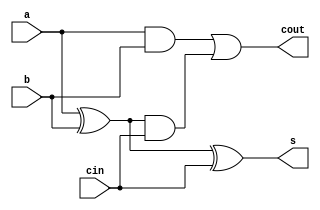
module FA_1bit (input a,b,cin, output s,cout);
xor(o1,a,b);
xor(s,o1,cin);
and(o2,a,b);
and(o3,o1,cin);
or(cout,o2,o3);
endmodule
///////////////////////
module EN_not(input [31:0]a, input en, output [31:0]c);
  xor(c[0],a[0],en);
  xor(c[1],a[1],en);
  xor(c[2],a[2],en);
  xor(c[3],a[3],en);
  xor(c[4],a[4],en);
  xor(c[5],a[5],en);
  xor(c[6],a[6],en);
  xor(c[7],a[7],en);
  xor(c[8],a[8],en);
  xor(c[9],a[9],en);
  xor(c[10],a[10],en);
  xor(c[11],a[11],en);
  xor(c[12],a[12],en);
  xor(c[13],a[13],en);
  xor(c[14],a[14],en);
  xor(c[15],a[15],en);
  xor(c[16],a[16],en);
  xor(c[17],a[17],en);
  xor(c[18],a[18],en);
  xor(c[19],a[19],en);
  xor(c[20],a[20],en);
  xor(c[21],a[21],en);
  xor(c[22],a[22],en);
  xor(c[23],a[23],en);
  xor(c[24],a[24],en);
  xor(c[25],a[25],en);
  xor(c[26],a[26],en);
  xor(c[27],a[27],en);
  xor(c[28],a[28],en);
  xor(c[29],a[29],en);
  xor(c[30],a[30],en);
  xor(c[31],a[31],en);
endmodule
///////////////////////
module RCA_4bit (input [3:0]a,b, input cin, output [3:0]s, output cout);
  FA_1bit f1 (a[0],b[0],cin,s[0],c0),
          f2 (a[1],b[1],c0,s[1],c1),
          f3 (a[2],b[2],c1,s[2],c2),
          f4 (a[3],b[3],c2,s[3],cout);
endmodule
///////////////////////
module RCA_16bit (input [15:0]a,b, input cin, output [15:0]s, output cout);
  RCA_4bit f1 (a[3:0],b[3:0],cin,s[3:0],c0),
           f2 (a[7:4],b[7:4],c0,s[7:4],c1),
           f3 (a[11:8],b[11:8],c1,s[11:8],c2),
           f4 (a[15:12],b[15:12],c2,s[15:12],cout);
endmodule
///////////////////////
module RCA_32bit (input [31:0]a,b, input en, output [31:0]s, output cout,ovfl);
  wire [31:0]c;
  EN_not en1 (b[31:0],en,c[31:0]);
  RCA_16bit f1 (a[15:0],c[15:0],en,s[15:0],c0),
            f2 (a[31:16],c[31:16],c0,s[31:16],cout);
  wire q,x0,x1,z;
  xor(q,a[31],b[31]);
  xor(x0,q,en);
  not(x1,x0);
  xor(z,a[31],s[31]);
  and(ovfl,x1,z);
endmodule
///////////////////////
module mux (input a,b,s, output r);
  and(o1,a,~s);
  and(o2,b,s);
  or(r,o1,o2);
endmodule
///////////////////////
module CSA_2bit (input [1:0]a,b, input cin, output [1:0]s, output cout);
  FA_1bit f1 (a[0],b[0],cin,s[0],c0),
          f2 (a[1],b[1],1'b0,o1,c1),
          f3 (a[1],b[1],1'b1,o2,c2);
  mux m1 (o1,o2,c0,s[1]),
      m2 (c1,c2,c0,cout);
endmodule
///////////////////////
module CSA_4bit (input [3:0]a,b, input cin, output [3:0]s, output cout);
  wire [1:0]o1,o2;
  CSA_2bit f1 (a[1:0],b[1:0],cin,s[1:0],c0),
           f2 (a[3:2],b[3:2],1'b0,o1[1:0],c1),
           f3 (a[3:2],b[3:2],1'b1,o2[1:0],c2);
  mux m1 (o1[0],o2[0],c0,s[2]),
      m2 (o1[1],o2[1],c0,s[3]),
      m3 (c1,c2,c0,cout);
endmodule
//////////////////////
module CSA_8bit (input [7:0]a,b, input cin, output [7:0]s, output cout);
  wire [3:0]o1,o2;
  CSA_4bit f1 (a[3:0],b[3:0],cin,s[3:0],c0),
           f2 (a[7:4],b[7:4],1'b0,o1[3:0],c1),
           f3 (a[7:4],b[7:4],1'b1,o2[3:0],c2);
  mux m1 (o1[0],o2[0],c0,s[4]),
      m2 (o1[1],o2[1],c0,s[5]),
      m3 (o1[2],o2[2],c0,s[6]),
      m4 (o1[3],o2[3],c0,s[7]),
      m5 (c1,c2,c0,cout);
endmodule
//////////////////////
module CSA_16bit (input [15:0]a,b, input cin, output [15:0]s, output cout);
  wire [7:0]o1,o2;
  CSA_8bit f1 (a[7:0],b[7:0],cin,s[7:0],c0),
           f2 (a[15:8],b[15:8],1'b0,o1[7:0],c1),
           f3 (a[15:8],b[15:8],1'b1,o2[7:0],c2);
  mux m1 (o1[0],o2[0],c0,s[8]),
      m2 (o1[1],o2[1],c0,s[9]),
      m3 (o1[2],o2[2],c0,s[10]),
      m4 (o1[3],o2[3],c0,s[11]),
      m5 (o1[4],o2[4],c0,s[12]),
      m6 (o1[5],o2[5],c0,s[13]),
      m7 (o1[6],o2[6],c0,s[14]),
      m8 (o1[7],o2[7],c0,s[15]),
      m9 (c1,c2,c0,cout);
endmodule
//////////////////////
module CSA_32bit (input [31:0]a,b, input en, output [31:0]s, output cout,ovfl);
  wire [15:0]o1,o2;
  wire [31:0]c;
  EN_not en1 (b[31:0],en,c[31:0]);
  CSA_16bit f1 (a[15:0],c[15:0],en,s[15:0],c0),
           f2 (a[31:16],c[31:16],1'b0,o1[15:0],c1),
           f3 (a[31:16],c[31:16],1'b1,o2[15:0],c2);
  mux m1 (o1[0],o2[0],c0,s[16]),
      m2 (o1[1],o2[1],c0,s[17]),
      m3 (o1[2],o2[2],c0,s[18]),
      m4 (o1[3],o2[3],c0,s[19]),
      m5 (o1[4],o2[4],c0,s[20]),
      m6 (o1[5],o2[5],c0,s[21]),
      m7 (o1[6],o2[6],c0,s[22]),
      m8 (o1[7],o2[7],c0,s[23]),
      m9 (o1[8],o2[8],c0,s[24]),
      m10 (o1[9],o2[9],c0,s[25]),
      m11 (o1[10],o2[10],c0,s[26]),
      m12 (o1[11],o2[11],c0,s[27]),
      m13 (o1[12],o2[12],c0,s[28]),
      m14 (o1[13],o2[13],c0,s[29]),
      m15 (o1[14],o2[14],c0,s[30]),
      m16 (o1[15],o2[15],c0,s[31]),
      m17 (c1,c2,c0,cout);
  wire q,x0,x1,z;
  xor(q,a[31],b[31]);
  xor(x0,q,en);
  not(x1,x0);
  xor(z,a[31],s[31]);
  and(ovfl,x1,z);
endmodule
/////////////////////
module PG_FA (input a,b,cin, output s,p,g);
xor(p,a,b);
xor(s,p,cin);
and(g,a,b);
endmodule
/////////////////////
module CLA_4bit (input [3:0]a,b, input cin, output[3:0]s, output cout,pg,gg);
  wire [3:0]p,g;
  assign c1=g[0]+(p[0]&cin);
  assign c2=g[1]+(g[0]&p[1])+(cin&p[0]&p[1]);
  assign c3=g[2]+(g[1]&p[2])+(g[0]&p[1]&p[2])+(cin&p[0]&p[1]&p[2]);
  assign cout=g[3]+(g[2]&p[3])+(g[1]&p[2]&p[3])+(g[0]&p[1]&p[2]&p[3])+(cin&p[0]&p[1]&p[2]&p[3]);
  assign pg=p[3]&p[2]&p[1]&p[0];
  assign gg=g[3]+(p[3]&g[2])+(p[3]&p[2]&g[1])+(p[3]&p[2]&p[1]&g[0]);
  PG_FA f1 (a[0],b[0],cin,s[0],p[0],g[0]),
        f2 (a[1],b[1],c1,s[1],p[1],g[1]),
        f3 (a[2],b[2],c2,s[2],p[2],g[2]),
        f4 (a[3],b[3],c3,s[3],p[3],g[3]);
endmodule
////////////////////
module CLA_16bit (input [15:0]a,b, input cin, output[15:0]s, output cout,pg,gg);
  wire [3:0]p,g;
  assign c1=g[0]+(p[0]&cin);
  assign c2=g[1]+(g[0]&p[1])+(cin&p[0]&p[1]);
  assign c3=g[2]+(g[1]&p[2])+(g[0]&p[1]&p[2])+(cin&p[0]&p[1]&p[2]);
  assign cout=g[3]+(g[2]&p[3])+(g[1]&p[2]&p[3])+(g[0]&p[1]&p[2]&p[3])+(cin&p[0]&p[1]&p[2]&p[3]);
  assign pg=p[3]&p[2]&p[1]&p[0];
  assign gg=g[3]+(p[3]&g[2])+(p[3]&p[2]&g[1])+(p[3]&p[2]&p[1]&g[0]);
  CLA_4bit f1 (a[3:0],b[3:0],cin,s[3:0],co0,p[0],g[0]),
           f2 (a[7:4],b[7:4],c1,s[7:4],co1,p[1],g[1]),
           f3 (a[11:8],b[11:8],c2,s[11:8],co2,p[2],g[2]),
           f4 (a[15:12],b[15:12],c3,s[15:12],co3,p[3],g[3]);
endmodule
/////////////////////
module CLA_32bit (input [31:0]a,b, input en, output[31:0]s, output cout,ovfl);
  wire [1:0]p,g;
  wire [31:0]c;
  EN_not en1 (b[31:0],en,c[31:0]);
  assign c1=g[0]+(p[0]&en);
  assign cout=g[1]+(g[0]&p[1])+(en&p[0]&p[1]);
  CLA_16bit f1 (a[15:0],c[15:0],en,s[15:0],co0,p[0],g[0]),
            f2 (a[31:16],c[31:16],c1,s[31:16],co1,p[1],g[1]);
  wire q,x0,x1,z;
  xor(q,a[31],b[31]);
  xor(x0,q,en);
  not(x1,x0);
  xor(z,a[31],s[31]);
  and(ovfl,x1,z);
endmodule
/////////////////////
module ShiftRLogical1 (input [31:0]a, output [31:0]s, output cout,ovfl);
assign s[31]=1'b0;
assign s[30:0]=a[31:1];
assign cout=1'b0;
assign ovfl=1'b0;
endmodule
////////////////////
module ShiftRLogical2 (input [31:0]a, output [31:0]s, output cout,ovfl);
wire [31:0]k;
wire m,n,o,p;
ShiftRLogical1 s1 (a[31:0],k[31:0],m,n),
               s2 (k[31:0],s[31:0],o,p);
assign cout=1'b0;
assign ovfl=1'b0;
endmodule
///////////////////
module ShiftRLogical4 (input [31:0]a, output [31:0]s, output cout,ovfl);
wire [31:0]k;
wire m,n,o,p;
ShiftRLogical2 s1 (a[31:0],k[31:0],m,n),
               s2 (k[31:0],s[31:0],o,p);
assign cout=1'b0;
assign ovfl=1'b0;
endmodule
///////////////////
module ShiftRLogical8 (input [31:0]a, output [31:0]s, output cout,ovfl);
wire [31:0]k;
wire m,n,o,p;
ShiftRLogical4 s1 (a[31:0],k[31:0],m,n),
               s2 (k[31:0],s[31:0],o,p);
assign cout=1'b0;
assign ovfl=1'b0;
endmodule
///////////////////
module ShiftRLogical16 (input [31:0]a, output [31:0]s, output cout,ovfl);
wire [31:0]k;
wire m,n,o,p;
ShiftRLogical8 s1 (a[31:0],k[31:0],m,n),
               s2 (k[31:0],s[31:0],o,p);
assign cout=1'b0;
assign ovfl=1'b0;
endmodule
/////////////////////
module ShiftLLogical1 (input [31:0]a, output [31:0]s, output cout,ovfl);
assign s[0]=1'b0;
assign s[31:1]=a[30:0];
assign cout=1'b0;
assign ovfl=1'b0;
endmodule
////////////////////
module ShiftLLogical2 (input [31:0]a, output [31:0]s, output cout,ovfl);
wire [31:0]k;
wire m,n,o,p;
ShiftLLogical1 s1 (a[31:0],k[31:0],m,n),
               s2 (k[31:0],s[31:0],o,p);
endmodule
///////////////////
module ShiftLLogical4 (input [31:0]a, output [31:0]s, output cout,ovfl);
wire [31:0]k;
wire m,n,o,p;
ShiftLLogical2 s1 (a[31:0],k[31:0],m,n),
               s2 (k[31:0],s[31:0],o,p);
assign cout=1'b0;
assign ovfl=1'b0;
endmodule
///////////////////
module ShiftLLogical8 (input [31:0]a, output [31:0]s, output cout,ovfl);
wire [31:0]k;
wire m,n,o,p;
ShiftLLogical4 s1 (a[31:0],k[31:0],m,n),
               s2 (k[31:0],s[31:0],o,p);
assign cout=1'b0;
assign ovfl=1'b0;
endmodule
///////////////////
module ShiftLLogical16 (input [31:0]a, output [31:0]s, output cout,ovfl);
wire [31:0]k;
wire m,n,o,p;
ShiftLLogical8 s1 (a[31:0],k[31:0],m,n),
               s2 (k[31:0],s[31:0],o,p);
assign cout=1'b0;
assign ovfl=1'b0;
endmodule
///////////////////
module ShiftLArithmetic1 (input [31:0]a, output [31:0]s, output cout,ovfl);
assign s[0]=1'b0;
assign s[31:1]=a[30:0];
xor(ovfl,a[31],a[30]);
assign cout=1'b0;
endmodule
////////////////////
module ShiftLArithmetic2 (input [31:0]a, output [31:0]s, output cout,ovfl);
wire [31:0]k;
wire m,n,p,q;
assign cout=1'b0;
ShiftLArithmetic1 s1 (a[31:0],k[31:0],m,n),
                  s2 (k[31:0],s[31:0],p,q);
or(ovfl,n,q);
endmodule
///////////////////
module ShiftLArithmetic4 (input [31:0]a, output [31:0]s, output cout,ovfl);
wire [31:0]k;
wire m,n,p,q;
assign cout=1'b0;
ShiftLArithmetic2 s1 (a[31:0],k[31:0],m,n),
                  s2 (k[31:0],s[31:0],p,q);
or(ovfl,n,q);
endmodule
///////////////////
module ShiftLArithmetic8 (input [31:0]a, output [31:0]s, output cout,ovfl);
wire [31:0]k;
wire m,n,p,q;
assign cout=1'b0;
ShiftLArithmetic4 s1 (a[31:0],k[31:0],m,n),
                  s2 (k[31:0],s[31:0],p,q);
or(ovfl,n,q);
endmodule
///////////////////
module ShiftLArithmetic16 (input [31:0]a, output [31:0]s, output cout,ovfl);
wire [31:0]k;
wire m,n,p,q;
assign cout=1'b0;
ShiftLArithmetic8 s1 (a[31:0],k[31:0],m,n),
               s2 (k[31:0],s[31:0],p,q);
or(ovfl,n,q);
endmodule
/////////////////////
module ShiftRArithmetic1 (input [31:0]a, output [31:0]s, output cout,ovfl);
assign s[31]=a[31];
assign s[30:0]=a[31:1];
assign cout=1'b0;
assign ovfl=1'b0;
endmodule
////////////////////
module ShiftRArithmetic2 (input [31:0]a, output [31:0]s, output cout,ovfl);
wire [31:0]k;
wire m,n,p,q;
ShiftRArithmetic1 s1 (a[31:0],k[31:0],m,n),
               s2 (k[31:0],s[31:0],p,q);
assign cout=1'b0;
assign ovfl=1'b0;
endmodule
///////////////////
module ShiftRArithmetic4 (input [31:0]a, output [31:0]s, output cout,ovfl);
wire [31:0]k;
wire m,n,p,q;
ShiftRArithmetic2 s1 (a[31:0],k[31:0],m,n),
               s2 (k[31:0],s[31:0],p,q);
assign cout=1'b0;
assign ovfl=1'b0;
endmodule
///////////////////
module ShiftRArithmetic8 (input [31:0]a, output [31:0]s, output cout,ovfl);
wire [31:0]k;
wire m,n,p,q;
ShiftRArithmetic4 s1 (a[31:0],k[31:0],m,n),
               s2 (k[31:0],s[31:0],p,q);
assign cout=1'b0;
assign ovfl=1'b0;
endmodule
///////////////////
module ShiftRArithmetic16 (input [31:0]a, output [31:0]s, output cout,ovfl);
wire [31:0]k;
wire m,n,p,q;
ShiftRArithmetic8 s1 (a[31:0],k[31:0],m,n),
               s2 (k[31:0],s[31:0],p,q);
assign cout=1'b0;
assign ovfl=1'b0;
endmodule
///////////////////
module multiplier_8x1 (input [7:0]a,input b, output [7:0]s);
and(s[0],a[0],b);
and(s[1],a[1],b);
and(s[2],a[2],b);
and(s[3],a[3],b);
and(s[4],a[4],b);
and(s[5],a[5],b);
and(s[6],a[6],b);
and(s[7],a[7],b);
endmodule
///////////////////
module multiplier_8x8 (input [7:0]a,b, output [31:0]s,output cout,ovfl);
wire [31:0]r0,r1,r2,r3,r4,r5,r6,r7,k1,k2,k3,k4,k5,k6,k7,l3,l7,m6,m5,m7,s1,s2,s3,s4,s5,s6,s7;
wire c1,c2,c3,c4,c5,c6,c7;
wire [25:8]o;
wire [19:8]c;
assign cout=1'b0;
assign ovfl=1'b0;
multiplier_8x1 n0 (a[7:0],b[0],r0[7:0]),
               n1 (a[7:0],b[1],k1[7:0]),
               n2 (a[7:0],b[2],k2[7:0]),
               n3 (a[7:0],b[3],k3[7:0]),
               n4 (a[7:0],b[4],k4[7:0]),
               n5 (a[7:0],b[5],k5[7:0]),
               n6 (a[7:0],b[6],k6[7:0]),
               n7 (a[7:0],b[7],k7[7:0]);
ShiftLLogical1 p1 (k1[31:0],r1[31:0],c[8],o[8]),
               p3 (l3[31:0],r3[31:0],c[9],o[9]),
               p5 (m5[31:0],r5[31:0],c[10],o[10]),
               p7 (l7[31:0],r7[31:0],c[11],o[11]);
ShiftLLogical2 t2 (k2[31:0],r2[31:0],c[12],o[12]),
               t3 (k3[31:0],l3[31:0],c[13],o[13]),
               t6 (m6[31:0],r6[31:0],c[14],o[14]),
               t7 (m7[31:0],l7[31:0],c[15],o[15]);
ShiftLLogical4 u4 (k4[31:0],r4[31:0],c[16],o[16]),
               u5 (k5[31:0],m5[31:0],c[17],o[17]),
               u6 (k6[31:0],m6[31:0],c[18],o[18]),
               u7 (k7[31:0],m7[31:0],c[19],o[19]);
CSA_32bit add0 (r0[31:0],r1[31:0],1'b0,s1[31:0],c1,o[20]),
          add1 (s1[31:0],r2[31:0],1'b0,s2[31:0],c2,o[21]),
          add2 (s2[31:0],r3[31:0],1'b0,s3[31:0],c3,o[22]),
          add3 (s3[31:0],r4[31:0],1'b0,s4[31:0],c4,o[23]),
          add4 (s4[31:0],r5[31:0],1'b0,s5[31:0],c5,o[24]),
          add5 (s5[31:0],r6[31:0],1'b0,s6[31:0],c6,o[25]),
          add6 (s6[31:0],r7[31:0],1'b0,s7[31:0],c7,o[25]);
assign r0[31:8]=24'b0;
assign r1[31:9]=23'b0;
assign r2[31:10]=22'b0;
assign r3[31:11]=21'b0;
assign r4[31:12]=20'b0;
assign r5[31:13]=19'b0;
assign r6[31:14]=18'b0;
assign r7[31:15]=17'b0;
assign s=s7;
endmodule
///////////////////
module And_8bit (input [7:0]a,b, output [7:0]s);
and (s[0],a[0],b[0]);
and (s[1],a[1],b[1]);
and (s[2],a[2],b[2]);
and (s[3],a[3],b[3]);
and (s[4],a[4],b[4]);
and (s[5],a[5],b[5]);
and (s[6],a[6],b[6]);
and (s[7],a[7],b[7]);
endmodule
///////////////////
module And_32bit (input [31:0]a,b, output [31:0]s, output cout,ovfl);
And_8bit and1 (a[7:0],b[7:0],s[7:0]),
         and2 (a[15:8],b[15:8],s[15:8]),
         and3 (a[23:16],b[23:16],s[23:16]),
         and4 (a[31:24],b[31:24],s[31:24]);
assign cout=1'b0;
assign ovfl=1'b0;
endmodule
///////////////////
module Or_8bit (input [7:0]a,b, output [7:0]s);
or (s[0],a[0],b[0]);
or (s[1],a[1],b[1]);
or (s[2],a[2],b[2]);
or (s[3],a[3],b[3]);
or (s[4],a[4],b[4]);
or (s[5],a[5],b[5]);
or (s[6],a[6],b[6]);
or (s[7],a[7],b[7]);
endmodule
///////////////////
module Or_32bit (input [31:0]a,b, output [31:0]s, output cout,ovfl);
Or_8bit or1 (a[7:0],b[7:0],s[7:0]),
        or2 (a[15:8],b[15:8],s[15:8]),
        or3 (a[23:16],b[23:16],s[23:16]),
        or4 (a[31:24],b[31:24],s[31:24]);
assign cout=1'b0;
assign ovfl=1'b0;
endmodule
///////////////////
module Xor_8bit (input [7:0]a,b, output [7:0]s);
xor (s[0],a[0],b[0]);
xor (s[1],a[1],b[1]);
xor (s[2],a[2],b[2]);
xor (s[3],a[3],b[3]);
xor (s[4],a[4],b[4]);
xor (s[5],a[5],b[5]);
xor (s[6],a[6],b[6]);
xor (s[7],a[7],b[7]);
endmodule
///////////////////
module Xor_32bit (input [31:0]a,b, output [31:0]s, output cout,ovfl);
Xor_8bit xor1 (a[7:0],b[7:0],s[7:0]),
         xor2 (a[15:8],b[15:8],s[15:8]),
         xor3 (a[23:16],b[23:16],s[23:16]),
         xor4 (a[31:24],b[31:24],s[31:24]);
assign cout=1'b0;
assign ovfl=1'b0;
endmodule
///////////////////
module div_block (input a,b,ci,q , output co,r);
  wire s1;
  FA_1bit f1(a,b,ci,s1,co);
  mux m1(b,s1,q,r);
endmodule
///////////////////
module div_8x4 (input[7:0]a,input [3:0]b,output [3:0]q,output[3:0]r,output cout, ovfl);
  wire [28:0]c;
  div_block d1(b[0],a[1],c[1],q[0],c[0],c[3]),
            d2(b[1],a[2],c[4],q[0],c[1],c[5]),
            d3(b[2],a[3],c[6],q[0],c[4],c[7]),
            d4(b[3],a[4],1'b0,q[0],c[6],c[8]),
            d5(b[0],c[5],c[10],q[1],c[9],c[11]),
            d6(b[1],c[7],c[12],q[1],c[10],c[13]),
            d7(b[2],c[8],c[14],q[1],c[12],c[15]),
            d8(b[3],a[5],1'b0,q[1],c[14],c[16]),
            d9(b[0],c[13],c[18],q[2],c[17],c[19]),
            d10(b[1],c[15],c[20],q[2],c[18],c[21]),
            d11(b[2],c[16],c[22],q[2],c[20],c[23]),
            d12(b[3],a[6],1'b0,q[2],c[22],c[24]),
            d13(b[0],c[21],c[26],q[3],c[25],r[0]),
            d14(b[1],c[23],c[27],q[3],c[26],r[1]),
            d15(b[2],c[24],c[28],q[3],c[27],r[2]),
            d16(b[3],a[7],1'b0,q[3],c[28],r[3]);
  or(q[0],a[0],~c[0]);
  or(q[1],c[3],~c[9]);
  or(q[2],c[11],~c[17]);
  or(q[3],c[19],~c[25]);
  assign cout=1'b0;
  assign ovfl=1'b0;
endmodule
///////////////////
module mux_32x1 (input a31,a30,a29,a28,a27,a26,a25,a24,a23,a22,a21,a20,a19,a18,a17,a16,a15,a14,a13,a12,a11,a10,a9,a8,a7,a6,a5,a4,a3,a2,a1,a0,input [4:0]select,output o);
  wire [31:0]w;
  and(w[0],a0,~select[4],~select[3],~select[2],~select[1],~select[0]);
  and(w[1],a1,~select[4],~select[3],~select[2],~select[1],select[0]);
  and(w[2],a2,~select[4],~select[3],~select[2],select[1],~select[0]);
  and(w[3],a3,~select[4],~select[3],~select[2],select[1],select[0]);
  and(w[4],a4,~select[4],~select[3],select[2],~select[1],~select[0]);
  and(w[5],a5,~select[4],~select[3],select[2],~select[1],select[0]);
  and(w[6],a6,~select[4],~select[3],select[2],select[1],~select[0]);
  and(w[7],a7,~select[4],~select[3],select[2],select[1],select[0]);
  and(w[8],a8,~select[4],select[3],~select[2],~select[1],~select[0]);
  and(w[9],a9,~select[4],select[3],~select[2],~select[1],select[0]);
  and(w[10],a10,~select[4],select[3],~select[2],select[1],~select[0]);
  and(w[11],a11,~select[4],select[3],~select[2],select[1],select[0]);
  and(w[12],a12,~select[4],select[3],select[2],~select[1],~select[0]);
  and(w[13],a13,~select[4],select[3],select[2],~select[1],select[0]);
  and(w[14],a14,~select[4],select[3],select[2],select[1],~select[0]);
  and(w[15],a15,~select[4],select[3],select[2],select[1],select[0]);
  and(w[16],a16,select[4],~select[3],~select[2],~select[1],~select[0]);
  and(w[17],a17,select[4],~select[3],~select[2],~select[1],select[0]);
  and(w[18],a18,select[4],~select[3],~select[2],select[1],~select[0]);
  and(w[19],a19,select[4],~select[3],~select[2],select[1],select[0]);
  and(w[20],a20,select[4],~select[3],select[2],~select[1],~select[0]);
  and(w[21],a21,select[4],~select[3],select[2],~select[1],select[0]);
  and(w[22],a22,select[4],~select[3],select[2],select[1],~select[0]);
  and(w[23],a23,select[4],~select[3],select[2],select[1],select[0]);
  and(w[24],a24,select[4],select[3],~select[2],~select[1],~select[0]);
  and(w[25],a25,select[4],select[3],~select[2],~select[1],select[0]);
  and(w[26],a26,select[4],select[3],~select[2],select[1],~select[0]);
  and(w[27],a27,select[4],select[3],~select[2],select[1],select[0]);
  and(w[28],a28,select[4],select[3],select[2],~select[1],~select[0]);
  and(w[29],a29,select[4],select[3],select[2],~select[1],select[0]);
  and(w[30],a30,select[4],select[3],select[2],select[1],~select[0]);
  and(w[31],a31,select[4],select[3],select[2],select[1],select[0]);
  or(o,w[0],w[1],w[2],w[3],w[4],w[5],w[6],w[7],w[8],w[9],w[10],w[11],w[12],w[13],w[14],w[15],w[16],w[17],w[18],w[19],w[20],w[21],w[22],w[23],w[24],w[25],w[26],w[27],w[28],w[29],w[30],w[31]);
endmodule
////////////////////
module ALU_32bitNEW (input [4:0]select, input [31:0]a,b, output [31:0]c, output cout,ovfl);
wire [31:0]s0,s1,s2,s3,s4,s5,s6,s7,s8,s9,s10,s11,s12,s13,s14,s15,s16,s17,s18,s19,s20,s21,s22,s23,s24,s25,s26,s27,s28,s29,s30,s31,co,ov;
assign co[7]=co[8];
assign ov[7]=ov[8];
RCA_32bit f0 (a,b,1'b0,s0,co[0],ov[0]),
          f1 (a,b,1'b1,s3,co[3],ov[3]);
CSA_32bit f2 (a,b,1'b0,s1,co[1],ov[1]),
          f3 (a,b,1'b1,s4,co[4],ov[4]);
CLA_32bit f4 (a,b,1'b0,s2,co[2],ov[2]),
          f5 (a,b,1'b1,s5,co[5],ov[5]);
multiplier_8x8 f6 (a[7:0],b[7:0],s6,co[6],ov[6]);
EN_not f7 (a,1'b1,s7);
And_32bit f8 (a,b,s8,co[8],ov[8]);
Or_32bit f9 (a,b,s9,co[9],ov[9]);
Xor_32bit f10 (a,b,s10,co[10],ov[10]);
ShiftRLogical1 f11 (a,s11,co[11],ov[11]);
ShiftRLogical2 f12 (a,s12,co[12],ov[12]);
ShiftRLogical4 f13 (a,s13,co[13],ov[13]);
ShiftRLogical8 f14 (a,s14,co[14],ov[14]);
ShiftRLogical16 f15 (a,s15,co[15],ov[15]);
ShiftRArithmetic1 f16 (a,s16,co[16],ov[16]);
ShiftRArithmetic2 f17 (a,s17,co[17],ov[17]);
ShiftRArithmetic4 f18 (a,s18,co[18],ov[18]);
ShiftRArithmetic8 f19(a,s19,co[19],ov[19]);
ShiftRArithmetic16 f20 (a,s20,co[20],ov[20]);
ShiftLLogical1 f21 (a,s21,co[21],ov[21]);
ShiftLLogical2 f22 (a,s22,co[22],ov[22]);
ShiftLLogical4 f23 (a,s23,co[23],ov[23]);
ShiftLLogical8 f24 (a,s24,co[24],ov[24]);
ShiftLLogical16 f25 (a,s25,co[25],ov[25]);
ShiftLArithmetic1 f26 (a,s26,co[26],ov[26]);
ShiftLArithmetic2 f27 (a,s27,co[27],ov[27]);
ShiftLArithmetic4 f28 (a,s28,co[28],ov[28]);
ShiftLArithmetic8 f29 (a,s29,co[29],ov[29]);
ShiftLArithmetic16 f30 (a,s30,co[30],ov[30]);
mux_32x1 m0 (s31[0],s30[0],s29[0],s28[0],s27[0],s26[0],s25[0],s24[0],s23[0],s22[0],s21[0],s20[0],s19[0],s18[0],s17[0],s16[0],s15[0],s14[0],s13[0],s12[0],s11[0],s10[0],s9[0],s8[0],s7[0],s6[0],s5[0],s4[0],s3[0],s2[0],s1[0],s0[0],select,c[0]),
         m1 (s31[1],s30[1],s29[1],s28[1],s27[1],s26[1],s25[1],s24[1],s23[1],s22[1],s21[1],s20[1],s19[1],s18[1],s17[1],s16[1],s15[1],s14[1],s13[1],s12[1],s11[1],s10[1],s9[1],s8[1],s7[1],s6[1],s5[1],s4[1],s3[1],s2[1],s1[1],s0[1],select,c[1]),
         m2 (s31[2],s30[2],s29[2],s28[2],s27[2],s26[2],s25[2],s24[2],s23[2],s22[2],s21[2],s20[2],s19[2],s18[2],s17[2],s16[2],s15[2],s14[2],s13[2],s12[2],s11[2],s10[2],s9[2],s8[2],s7[2],s6[2],s5[2],s4[2],s3[2],s2[2],s1[2],s0[2],select,c[2]),
         m3 (s31[3],s30[3],s29[3],s28[3],s27[3],s26[3],s25[3],s24[3],s23[3],s22[3],s21[3],s20[3],s19[3],s18[3],s17[3],s16[3],s15[3],s14[3],s13[3],s12[3],s11[3],s10[3],s9[3],s8[3],s7[3],s6[3],s5[3],s4[3],s3[3],s2[3],s1[3],s0[3],select,c[3]),
         m4 (s31[4],s30[4],s29[4],s28[4],s27[4],s26[4],s25[4],s24[4],s23[4],s22[4],s21[4],s20[4],s19[4],s18[4],s17[4],s16[4],s15[4],s14[4],s13[4],s12[4],s11[4],s10[4],s9[4],s8[4],s7[4],s6[4],s5[4],s4[4],s3[4],s2[4],s1[4],s0[4],select,c[4]),
         m5 (s31[5],s30[5],s29[5],s28[5],s27[5],s26[5],s25[5],s24[5],s23[5],s22[5],s21[5],s20[5],s19[5],s18[5],s17[5],s16[5],s15[5],s14[5],s13[5],s12[5],s11[5],s10[5],s9[5],s8[5],s7[5],s6[5],s5[5],s4[5],s3[5],s2[5],s1[5],s0[5],select,c[5]),
         m6 (s31[6],s30[6],s29[6],s28[6],s27[6],s26[6],s25[6],s24[6],s23[6],s22[6],s21[6],s20[6],s19[6],s18[6],s17[6],s16[6],s15[6],s14[6],s13[6],s12[6],s11[6],s10[6],s9[6],s8[6],s7[6],s6[6],s5[6],s4[6],s3[6],s2[6],s1[6],s0[6],select,c[6]),
         m7 (s31[7],s30[7],s29[7],s28[7],s27[7],s26[7],s25[7],s24[7],s23[7],s22[7],s21[7],s20[7],s19[7],s18[7],s17[7],s16[7],s15[7],s14[7],s13[7],s12[7],s11[7],s10[7],s9[7],s8[7],s7[7],s6[7],s5[7],s4[7],s3[7],s2[7],s1[7],s0[7],select,c[7]),
         m8 (s31[8],s30[8],s29[8],s28[8],s27[8],s26[8],s25[8],s24[8],s23[8],s22[8],s21[8],s20[8],s19[8],s18[8],s17[8],s16[8],s15[8],s14[8],s13[8],s12[8],s11[8],s10[8],s9[8],s8[8],s7[8],s6[8],s5[8],s4[8],s3[8],s2[8],s1[8],s0[8],select,c[8]),
         m9 (s31[9],s30[9],s29[9],s28[9],s27[9],s26[9],s25[9],s24[9],s23[9],s22[9],s21[9],s20[9],s19[9],s18[9],s17[9],s16[9],s15[9],s14[9],s13[9],s12[9],s11[9],s10[9],s9[9],s8[9],s7[9],s6[9],s5[9],s4[9],s3[9],s2[9],s1[9],s0[9],select,c[9]),
         m10 (s31[10],s30[10],s29[10],s28[10],s27[10],s26[10],s25[10],s24[10],s23[10],s22[10],s21[10],s20[10],s19[10],s18[10],s17[10],s16[10],s15[10],s14[10],s13[10],s12[10],s11[10],s10[10],s9[10],s8[10],s7[10],s6[10],s5[10],s4[10],s3[10],s2[10],s1[10],s0[10],select,c[10]),
         m11 (s31[11],s30[11],s29[11],s28[11],s27[11],s26[11],s25[11],s24[11],s23[11],s22[11],s21[11],s20[11],s19[11],s18[11],s17[11],s16[11],s15[11],s14[11],s13[11],s12[11],s11[11],s10[11],s9[11],s8[11],s7[11],s6[11],s5[11],s4[11],s3[11],s2[11],s1[11],s0[11],select,c[11]),
         m12 (s31[12],s30[12],s29[12],s28[12],s27[12],s26[12],s25[12],s24[12],s23[12],s22[12],s21[12],s20[12],s19[12],s18[12],s17[12],s16[12],s15[12],s14[12],s13[12],s12[12],s11[12],s10[12],s9[12],s8[12],s7[12],s6[12],s5[12],s4[12],s3[12],s2[12],s1[12],s0[12],select,c[12]),
         m13 (s31[13],s30[13],s29[13],s28[13],s27[13],s26[13],s25[13],s24[13],s23[13],s22[13],s21[13],s20[13],s19[13],s18[13],s17[13],s16[13],s15[13],s14[13],s13[13],s12[13],s11[13],s10[13],s9[13],s8[13],s7[13],s6[13],s5[13],s4[13],s3[13],s2[13],s1[13],s0[13],select,c[13]),
         m14 (s31[14],s30[14],s29[14],s28[14],s27[14],s26[14],s25[14],s24[14],s23[14],s22[14],s21[14],s20[14],s19[14],s18[14],s17[14],s16[14],s15[14],s14[14],s13[14],s12[14],s11[14],s10[14],s9[14],s8[14],s7[14],s6[14],s5[14],s4[14],s3[14],s2[14],s1[14],s0[14],select,c[14]),
         m15 (s31[15],s30[15],s29[15],s28[15],s27[15],s26[15],s25[15],s24[15],s23[15],s22[15],s21[15],s20[15],s19[15],s18[15],s17[15],s16[15],s15[15],s14[15],s13[15],s12[15],s11[15],s10[15],s9[15],s8[15],s7[15],s6[15],s5[15],s4[15],s3[15],s2[15],s1[15],s0[15],select,c[15]),
         m16 (s31[16],s30[16],s29[16],s28[16],s27[16],s26[16],s25[16],s24[16],s23[16],s22[16],s21[16],s20[16],s19[16],s18[16],s17[16],s16[16],s15[16],s14[16],s13[16],s12[16],s11[16],s10[16],s9[16],s8[16],s7[16],s6[16],s5[16],s4[16],s3[16],s2[16],s1[16],s0[16],select,c[16]),
         m17 (s31[17],s30[17],s29[17],s28[17],s27[17],s26[17],s25[17],s24[17],s23[17],s22[17],s21[17],s20[17],s19[17],s18[17],s17[17],s16[17],s15[17],s14[17],s13[17],s12[17],s11[17],s10[17],s9[17],s8[17],s7[17],s6[17],s5[17],s4[17],s3[17],s2[17],s1[17],s0[17],select,c[17]),
         m18 (s31[18],s30[18],s29[18],s28[18],s27[18],s26[18],s25[18],s24[18],s23[18],s22[18],s21[18],s20[18],s19[18],s18[18],s17[18],s16[18],s15[18],s14[18],s13[18],s12[18],s11[18],s10[18],s9[18],s8[18],s7[18],s6[18],s5[18],s4[18],s3[18],s2[18],s1[18],s0[18],select,c[18]),
         m19 (s31[19],s30[19],s29[19],s28[19],s27[19],s26[19],s25[19],s24[19],s23[19],s22[19],s21[19],s20[19],s19[19],s18[19],s17[19],s16[19],s15[19],s14[19],s13[19],s12[19],s11[19],s10[19],s9[19],s8[19],s7[19],s6[19],s5[19],s4[19],s3[19],s2[19],s1[19],s0[19],select,c[19]),
         m20 (s31[20],s30[20],s29[20],s28[20],s27[20],s26[20],s25[20],s24[20],s23[20],s22[20],s21[20],s20[20],s19[20],s18[20],s17[20],s16[20],s15[20],s14[20],s13[20],s12[20],s11[20],s10[20],s9[20],s8[20],s7[20],s6[20],s5[20],s4[20],s3[20],s2[20],s1[20],s0[20],select,c[20]),
         m21 (s31[21],s30[21],s29[21],s28[21],s27[21],s26[21],s25[21],s24[21],s23[21],s22[21],s21[21],s20[21],s19[21],s18[21],s17[21],s16[21],s15[21],s14[21],s13[21],s12[21],s11[21],s10[21],s9[21],s8[21],s7[21],s6[21],s5[21],s4[21],s3[21],s2[21],s1[21],s0[21],select,c[21]),
         m22 (s31[22],s30[22],s29[22],s28[22],s27[22],s26[22],s25[22],s24[22],s23[22],s22[22],s21[22],s20[22],s19[22],s18[22],s17[22],s16[22],s15[22],s14[22],s13[22],s12[22],s11[22],s10[22],s9[22],s8[22],s7[22],s6[22],s5[22],s4[22],s3[22],s2[22],s1[22],s0[22],select,c[22]),
         m23 (s31[23],s30[23],s29[23],s28[23],s27[23],s26[23],s25[23],s24[23],s23[23],s22[23],s21[23],s20[23],s19[23],s18[23],s17[23],s16[23],s15[23],s14[23],s13[23],s12[23],s11[23],s10[23],s9[23],s8[23],s7[23],s6[23],s5[23],s4[23],s3[23],s2[23],s1[23],s0[23],select,c[23]),
         m24 (s31[24],s30[24],s29[24],s28[24],s27[24],s26[24],s25[24],s24[24],s23[24],s22[24],s21[24],s20[24],s19[24],s18[24],s17[24],s16[24],s15[24],s14[24],s13[24],s12[24],s11[24],s10[24],s9[24],s8[24],s7[24],s6[24],s5[24],s4[24],s3[24],s2[24],s1[24],s0[24],select,c[24]),
         m25 (s31[25],s30[25],s29[25],s28[25],s27[25],s26[25],s25[25],s24[25],s23[25],s22[25],s21[25],s20[25],s19[25],s18[25],s17[25],s16[25],s15[25],s14[25],s13[25],s12[25],s11[25],s10[25],s9[25],s8[25],s7[25],s6[25],s5[25],s4[25],s3[25],s2[25],s1[25],s0[25],select,c[25]),
         m26 (s31[26],s30[26],s29[26],s28[26],s27[26],s26[26],s25[26],s24[26],s23[26],s22[26],s21[26],s20[26],s19[26],s18[26],s17[26],s16[26],s15[26],s14[26],s13[26],s12[26],s11[26],s10[26],s9[26],s8[26],s7[26],s6[26],s5[26],s4[26],s3[26],s2[26],s1[26],s0[26],select,c[26]),
         m27 (s31[27],s30[27],s29[27],s28[27],s27[27],s26[27],s25[27],s24[27],s23[27],s22[27],s21[27],s20[27],s19[27],s18[27],s17[27],s16[27],s15[27],s14[27],s13[27],s12[27],s11[27],s10[27],s9[27],s8[27],s7[27],s6[27],s5[27],s4[27],s3[27],s2[27],s1[27],s0[27],select,c[27]),
         m28 (s31[28],s30[28],s29[28],s28[28],s27[28],s26[28],s25[28],s24[28],s23[28],s22[28],s21[28],s20[28],s19[28],s18[28],s17[28],s16[28],s15[28],s14[28],s13[28],s12[28],s11[28],s10[28],s9[28],s8[28],s7[28],s6[28],s5[28],s4[28],s3[28],s2[28],s1[28],s0[28],select,c[28]),
         m29 (s31[29],s30[29],s29[29],s28[29],s27[29],s26[29],s25[29],s24[29],s23[29],s22[29],s21[29],s20[29],s19[29],s18[29],s17[29],s16[29],s15[29],s14[29],s13[29],s12[29],s11[29],s10[29],s9[29],s8[29],s7[29],s6[29],s5[29],s4[29],s3[29],s2[29],s1[29],s0[29],select,c[29]),
         m30 (s31[30],s30[30],s29[30],s28[30],s27[30],s26[30],s25[30],s24[30],s23[30],s22[30],s21[30],s20[30],s19[30],s18[30],s17[30],s16[30],s15[30],s14[30],s13[30],s12[30],s11[30],s10[30],s9[30],s8[30],s7[30],s6[30],s5[30],s4[30],s3[30],s2[30],s1[30],s0[30],select,c[30]),
         m31 (s31[31],s30[31],s29[31],s28[31],s27[31],s26[31],s25[31],s24[31],s23[31],s22[31],s21[31],s20[31],s19[31],s18[31],s17[31],s16[31],s15[31],s14[31],s13[31],s12[31],s11[31],s10[31],s9[31],s8[31],s7[31],s6[31],s5[31],s4[31],s3[31],s2[31],s1[31],s0[31],select,c[31]),
         m32 (co[31],co[30],co[29],co[28],co[27],co[26],co[25],co[24],co[23],co[22],co[21],co[20],co[19],co[18],co[17],co[16],co[15],co[14],co[13],co[12],co[11],co[10],co[9],co[8],co[7],co[6],co[5],co[4],co[3],co[2],co[1],co[0],select,cout),
         m33 (ov[31],ov[30],ov[29],ov[28],ov[27],ov[26],ov[25],ov[24],ov[23],ov[22],ov[21],ov[20],ov[19],ov[18],ov[17],ov[16],ov[15],ov[14],ov[13],ov[12],ov[11],ov[10],ov[9],ov[8],ov[7],ov[6],ov[5],ov[4],ov[3],ov[2],ov[1],ov[0],select,ovfl);
endmodule